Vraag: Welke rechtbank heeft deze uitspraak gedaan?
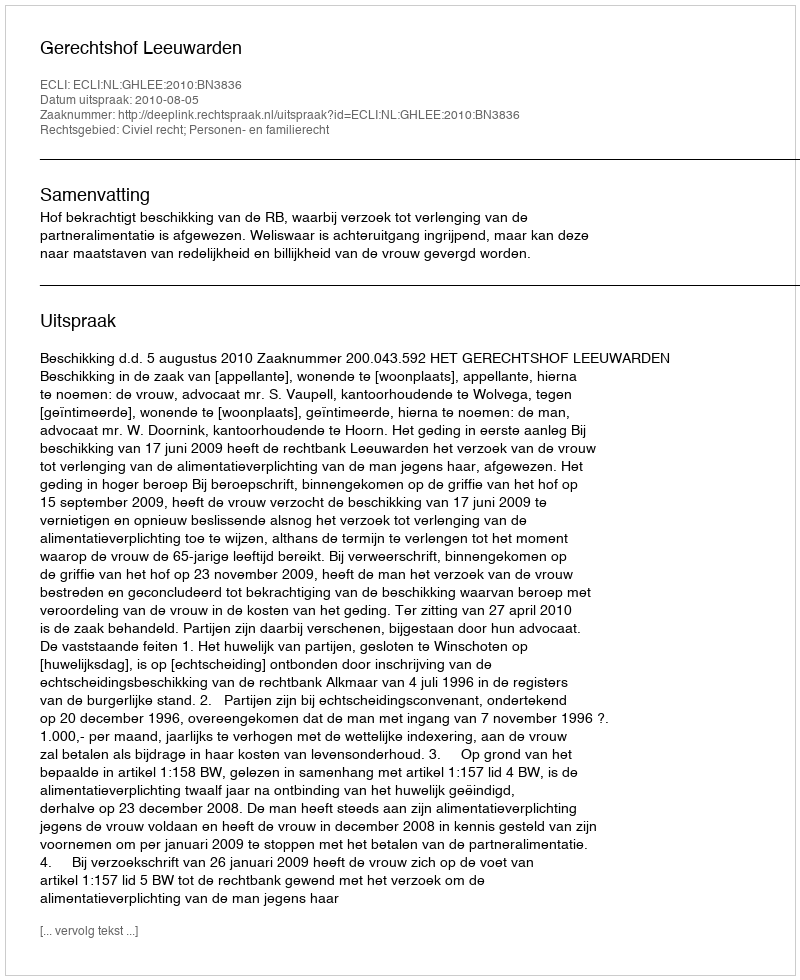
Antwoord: Gerechtshof Leeuwarden